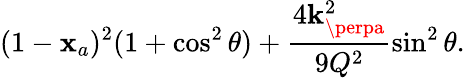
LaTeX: (1-\mathbf{x}_{a})^{2}(1+\cos^{2}\theta)+\frac{{4{\mathbf{k}}_{\perpa}^{2}}}{{9Q^{2}}}\sin^{2}\theta.